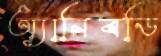
অ্যানিবডি